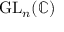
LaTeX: { \mathrm { G L } } _ { n } ( \mathbb { C } )